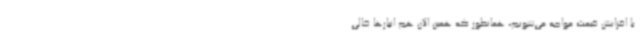
با افزایش قیمت مواجه می‌شویم، همانطور که همین الان هم انبارها خالی